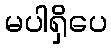
မပါရှိပေ